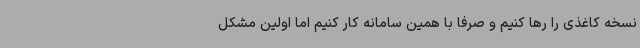
نسخه کاغذی را رها کنیم و صرفاً با همین سامانه کار کنیم اما اولین مشکل